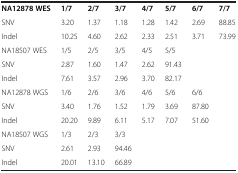
<table><thead><tr><td><b> </b></td><td><b> </b></td><td><b> </b></td><td><b> </b></td><td><b> </b></td><td><b> </b></td><td><b> </b></td><td><b> </b></td></tr></thead><tbody><tr><td><b>NA12878 WES</b></td><td><b>1/7</b></td><td><b>2/7</b></td><td><b>3/7</b></td><td><b>4/7</b></td><td><b>5/7</b></td><td><b>6/7</b></td><td><b>7/7</b></td></tr><tr><td>SNV</td><td>3.20</td><td>1.37</td><td>1.18</td><td>1.28</td><td>1.42</td><td>2.69</td><td>88.85</td></tr><tr><td>Indel</td><td>10.25</td><td>4.60</td><td>2.62</td><td>2.33</td><td>2.51</td><td>3.71</td><td>73.99</td></tr><tr><td>NA18507 WES</td><td>1/5</td><td>2/5</td><td>3/5</td><td>4/5</td><td>5/5</td><td> </td><td> </td></tr><tr><td>SNV</td><td>2.87</td><td>1.60</td><td>1.47</td><td>2.62</td><td>91.43</td><td> </td><td> </td></tr><tr><td>Indel</td><td>7.61</td><td>3.57</td><td>2.96</td><td>3.70</td><td>82.17</td><td> </td><td> </td></tr><tr><td>NA12878 WGS</td><td>1/6</td><td>2/6</td><td>3/6</td><td>4/6</td><td>5/6</td><td>6/6</td><td> </td></tr><tr><td>SNV</td><td>3.40</td><td>1.76</td><td>1.52</td><td>1.79</td><td>3.69</td><td>87.80</td><td> </td></tr><tr><td>Indel</td><td>20.20</td><td>9.89</td><td>6.11</td><td>5.17</td><td>7.07</td><td>51.60</td><td> </td></tr><tr><td>NA18507 WGS</td><td>1/3</td><td>2/3</td><td>3/3</td><td> </td><td> </td><td> </td><td> </td></tr><tr><td>SNV</td><td>2.61</td><td>2.93</td><td>94.46</td><td> </td><td> </td><td> </td><td> </td></tr><tr><td>Indel</td><td>20.01</td><td>13.10</td><td>66.89</td><td> </td><td> </td><td> </td><td> </td></tr></tbody></table>